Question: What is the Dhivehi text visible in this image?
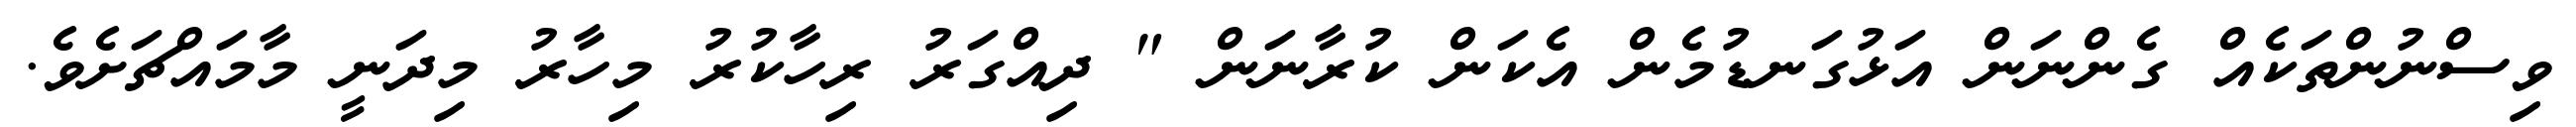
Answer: ވިސްނުންތަކެއް ގެންނަން އަޅުގަނޑުމެން އެކަން ކުރާނަން " ދިއްގަރު ރިހާކުރު މިހާރު މިދަނީ މާމައްޗަށެވެ.